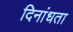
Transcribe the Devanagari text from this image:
दिनांधता